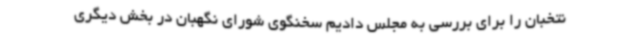
نتخبان را برای بررسی به مجلس دادیم سخنگوی شورای نگهبان در بخش دیگری